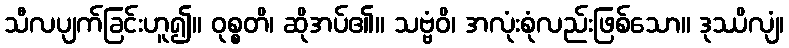
သီလပျက်ခြင်းဟူ၍။ ဝုစ္စတိ၊ ဆိုအပ်၏။ သဗ္ဗံဝိ၊ အလုံးစုံလည်းဖြစ်သော။ ဒုဿိလျံ၊